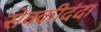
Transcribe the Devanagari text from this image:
सेक्कीदंदा